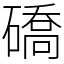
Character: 礄